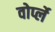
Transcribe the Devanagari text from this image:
वोर्प्ले